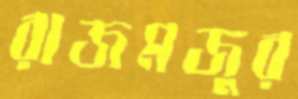
রাজমজুর